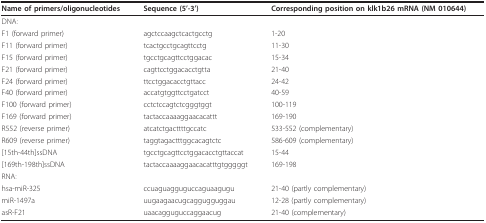
<table><thead><tr><td><b>Name of primers/oligonucleotides</b></td><td><b>Sequence (5&#x27;-3&#x27;)</b></td><td><b>Corresponding position on klk1b26 mRNA (NM 010644)</b></td></tr></thead><tbody><tr><td>DNA:</td><td></td><td></td></tr><tr><td>F1 (forward primer)</td><td>agctccaagctcactgcctg</td><td>1-20</td></tr><tr><td>F11 (forward primer)</td><td>tcactgcctgcagttcctg</td><td>11-30</td></tr><tr><td>F15 (forward primer)</td><td>tgcctgcagttcctggacac</td><td>15-34</td></tr><tr><td>F21 (forward primer)</td><td>cagttcctggacacctgtta</td><td>21-40</td></tr><tr><td>F24 (forward primer)</td><td>ttcctggacacctgttacc</td><td>24-42</td></tr><tr><td>F40 (forward primer)</td><td>accatgtggttcctgatcct</td><td>40-59</td></tr><tr><td>F100 (forward primer)</td><td>cctctccagtctcgggtggt</td><td>100-119</td></tr><tr><td>F169 (forward primer)</td><td>tactaccaaaaggaacacattt</td><td>169-190</td></tr><tr><td>R552 (reverse primer)</td><td>atcatctgacttttgccatc</td><td>533-552 (complementary)</td></tr><tr><td>R609 (reverse primer)</td><td>taggtagactttggcacagtctc</td><td>586-609 (complementary)</td></tr><tr><td>[15th-44th]ssDNA</td><td>tgcctgcagttcctggacacctgttaccat</td><td>15-44</td></tr><tr><td>[169th-198th]ssDNA</td><td>tactaccaaaaggaacacatttgtgggggt</td><td>169-198</td></tr><tr><td>RNA:</td><td></td><td></td></tr><tr><td>hsa-miR-325</td><td>ccuaguagguguccaguaagugu</td><td>21-40 (partly complementary)</td></tr><tr><td>miR-1497a</td><td>uugaagaacugcaggugguggau</td><td>12-28 (partly complementary)</td></tr><tr><td>asR-F21</td><td>uaacagguguccaggaacug</td><td>21-40 (complementary)</td></tr></tbody></table>